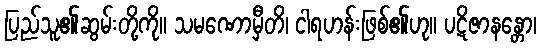
ပြည်သူ၏ဆွမ်းတို့ကို။ သမဏောမှီတိ၊ ငါရဟန်းဖြစ်၏ဟု။ ပဋိဇာနန္တော၊